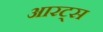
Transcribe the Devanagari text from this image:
आरट्स